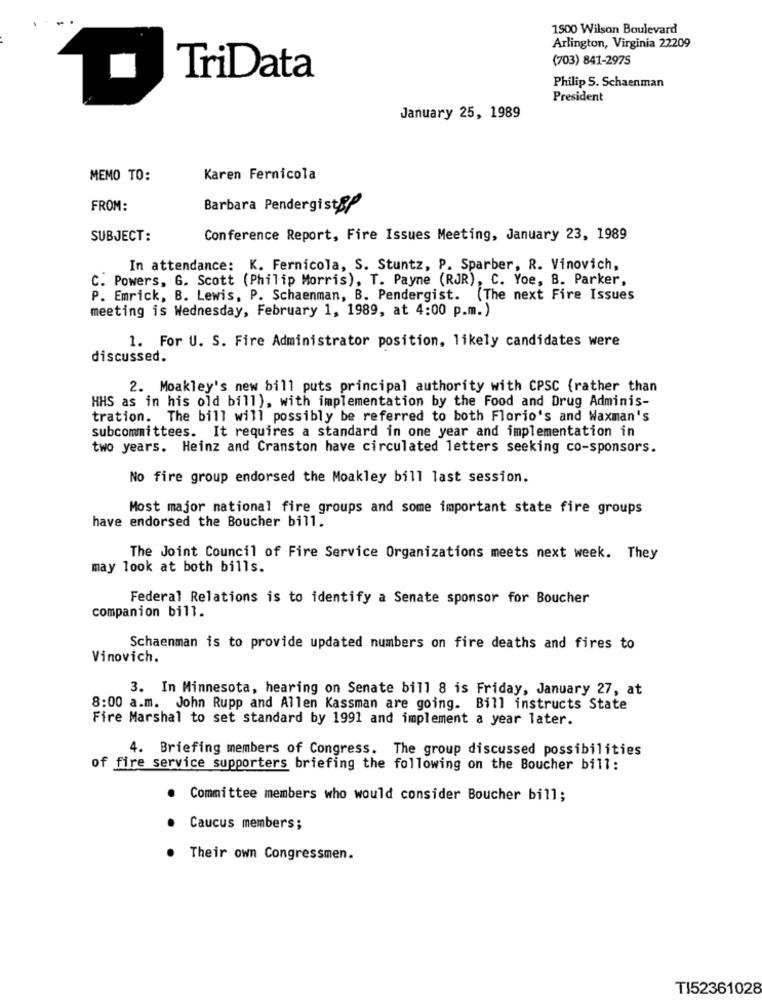
1500 Wilson Boulevard
Arlington, Virginia 22209
(703) 841-2975
TriData
Philip S. Schaenman
President
January 25, 1989
MEMO TO:
Karen Fernicola
FROM:
Barbara Pendergist&
SUBJECT:
Conference Report, Fire Issues Meeting, January 23, 1989
In attendance: K. Fernicola, S. Stuntz, P. Sparber, R. Vinovich,
C. Powers, G. Scott (Philip Morris), T. Payne (RJR), C. Yoe, B. Parker,
P. Emrick, B. Lewis, P. Schaenman, B. Pendergist. (The next Fire Issues
meeting is Wednesday, February 1, 1989, at 4:00 p.m.)
1. For U. S. Fire Administrator position, likely candidates were
discussed.
2. Moakley's new bill puts principal authority with CPSC (rather than
HHS as in his old bill), with implementation by the Food and Drug Adminis-
tration. The bill will possibly be referred to both Florio's and Waxman's
subcommittees. It requires a standard in one year and implementation in
two years. Heinz and Cranston have circulated letters seeking co-sponsors.
No fire group endorsed the Moakley bill last session.
Most major national fire groups and some important state fire groups
have endorsed the Boucher bill.
The Joint Council of Fire Service Organizations meets next week. They
may look at both bills.
Federal Relations is to identify a Senate sponsor for Boucher
companion bill.
Schaenman is to provide updated numbers on fire deaths and fires to
Vinovich.
3. In Minnesota, hearing on Senate bill 8 is Friday, January 27, at
8:00 a.m. John Rupp and Allen Kassman are going. Bill instructs State
Fire Marshal to set standard by 1991 and implement a year later.
4. Briefing members of Congress. The group discussed possibilities
of fire service supporters briefing the following on the Boucher bill:
Committee members who would consider Boucher bill;
Caucus members;
Their own Congressmen.
TI52361028